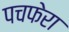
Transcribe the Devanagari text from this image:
पचफेरा